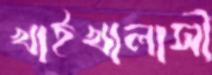
খাইখালাসী